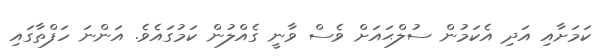
ކަމަށާއި އަދި އެކަމުން ސުލްޙައަށް ވެސް ވާނީ ގެއްލުން ކަމުގައެވެ. އަންނަ ހަފްތާގައި